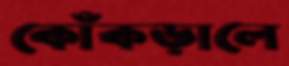
কোঁকড়ালে